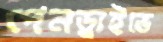
পেনড্রাইভে